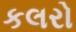
કલરો